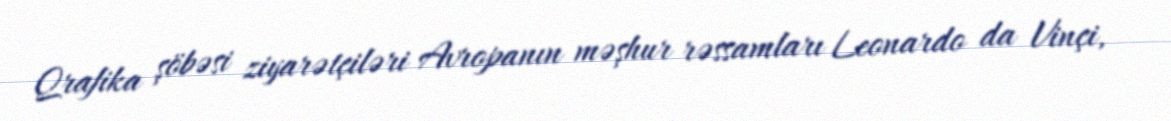
Qrafika şöbəsi ziyarətçiləri Avropanın məşhur rəssamları Leonardo da Vinçi,